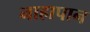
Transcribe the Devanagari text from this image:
नाहापान